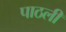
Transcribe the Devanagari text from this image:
पाठली